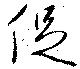
促